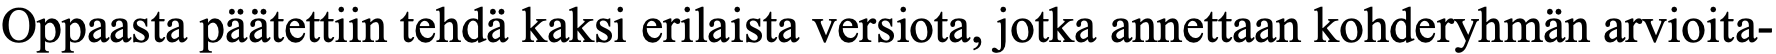
Oppaasta päätettiin tehdä kaksi erilaista versiota, jotka annettaan kohderyhmän arvioita-